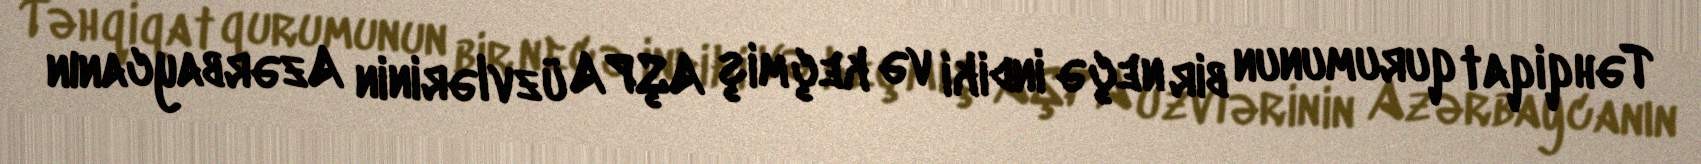
Təhqiqat qurumunun bir neçə indiki və keçmiş AŞPA üzvlərinin Azərbaycanın